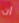
ان